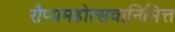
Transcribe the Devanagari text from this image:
रौप्यमहोत्सवानिमित्त